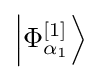
\left|{\Phi _{\alpha _{1}}^{[1]}}\right\rangle